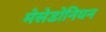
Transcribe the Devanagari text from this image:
मेसेडोनियन